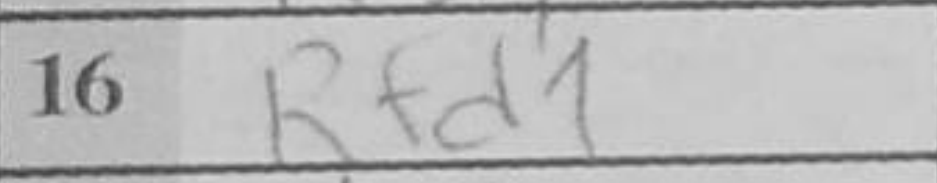
Transcription: Rfd1